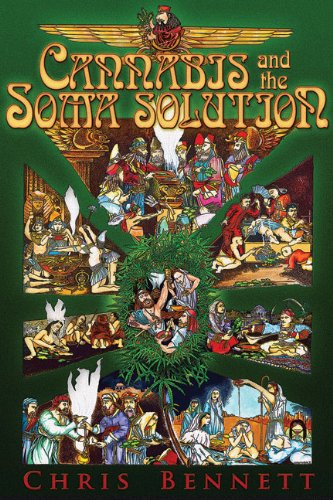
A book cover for Cannabis and the Soma Solution; Chris Bennett; Religion & Spirituality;